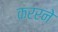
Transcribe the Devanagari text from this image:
कररने